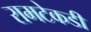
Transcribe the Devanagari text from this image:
रामटेकडी